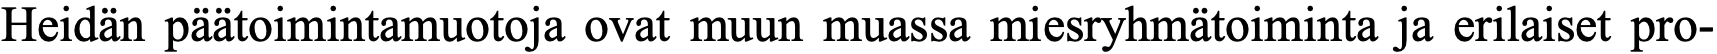
Heidän päätoimintamuotoja ovat muun muassa miesryhmätoiminta ja erilaiset pro-